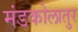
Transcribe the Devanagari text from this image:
मंडकोलातुर